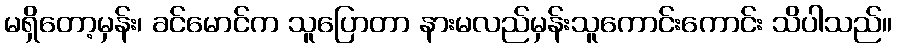
မရှိတော့မှန်း၊ ခင်မောင်က သူပြောတာ နားမလည်မှန်းသူကောင်းကောင်း သိပါသည်။